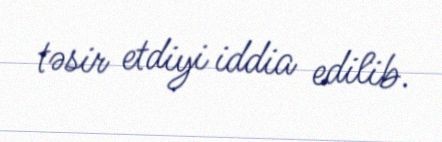
təsir etdiyi iddia edilib.